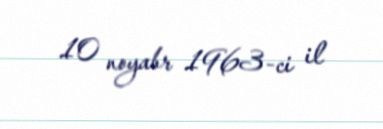
10 noyabr 1963-ci il